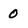
Character: 0